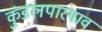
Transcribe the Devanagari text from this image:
कुंडलपारगाव